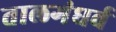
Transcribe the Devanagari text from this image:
तालगंधर्व